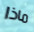
ماذا